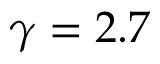
\gamma = 2 . 7